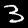
Label: 3